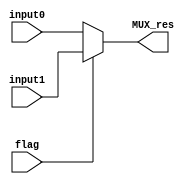
`timescale 1ns / 1ps

module MUXfivebits(
	input [4:0] input0,
	input [4:0] input1,
	input flag,
	output reg [4:0] MUX_res
    );
	
	always @ (input0 or input1 or flag)
	begin
		if(flag == 0) MUX_res = input0;
		else MUX_res = input1;
	end
endmodule